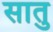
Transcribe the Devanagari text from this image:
सातु